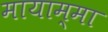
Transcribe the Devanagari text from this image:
मायाम्मा